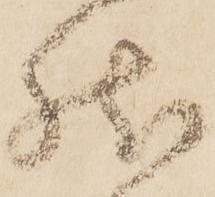
然